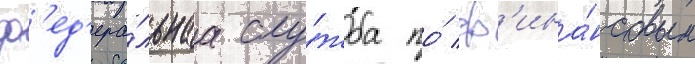
ф'ед'ера́льнаа слу́жба по́ ф'ина́нсовым